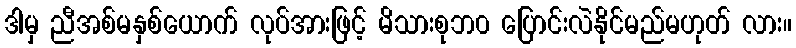
ဒါမှ ညီအစ်မနှစ်ယောက် လုပ်အားဖြင့် မိသားစုဘ၀ ပြောင်းလဲနိုင်မည်မဟုတ် လား။